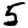
Digit: 5